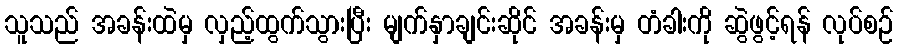
သူသည် အခန်းထဲမှ လှည့်ထွက်သွားပြီး မျက်နှာချင်းဆိုင် အခန်းမှ တံခါးကို ဆွဲဖွင့်ရန် လုပ်စဉ်